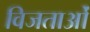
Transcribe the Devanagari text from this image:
विजताओं